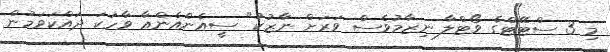
މި 3 ސްޓޭޓްގެ ވޯޓްލާ ނިޒާމުވެސް ވަރަށް ނާޒުކު" ސީއެންއެންއާ ވާހަކަ ދައްކަވަމުން